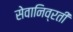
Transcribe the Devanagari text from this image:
सेवानिव्रती